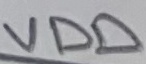
Text: VDD